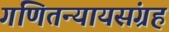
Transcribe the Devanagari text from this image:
गणितन्यायसंग्रह